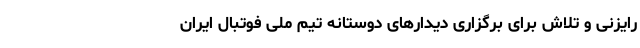
رایزنی و تلاش برای برگزاری دیدارهای دوستانه تیم ملی فوتبال ایران